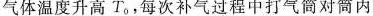
气体温度升高T，每次补气过程中打气筒对筒内